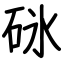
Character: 砯